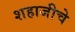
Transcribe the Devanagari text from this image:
शहाजीचे